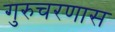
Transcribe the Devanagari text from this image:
गुरुचरणास